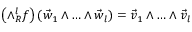
\left( \land _ { R } ^ { l } f \right) ( \vec { w } _ { 1 } \land \dotsc \land \vec { w } _ { l } ) = \vec { v } _ { 1 } \land \dotsc \land \vec { v } _ { l }